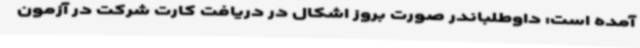
آمده است: داوطلباندر صورت بروز اشکال در دریافت کارت شرکت در آزمون